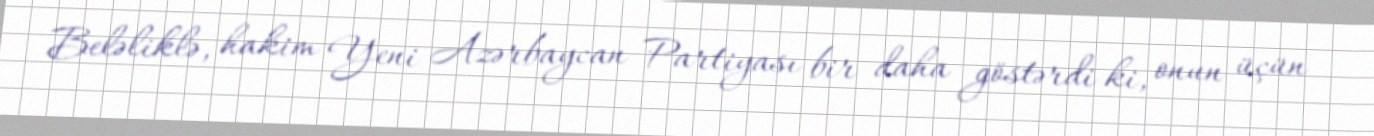
Beləliklə, hakim Yeni Azərbaycan Partiyası bir daha göstərdi ki, onun üçün